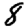
Digit: 8